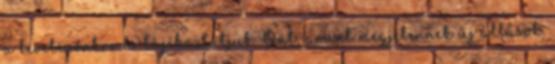
a levelezőnkre és tájékoztatjuk Önt, amint megjelennek új állások.